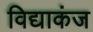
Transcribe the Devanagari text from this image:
विद्याकंज